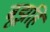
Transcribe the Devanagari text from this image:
बूझहि